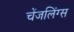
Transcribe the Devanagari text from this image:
चेंजलिंग्स